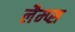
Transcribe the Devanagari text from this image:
लैम्प्स